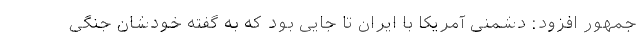
جمهور افزود: دشمنی آمریکا با ایران تا جایی بود که به گفته خودشان جنگی